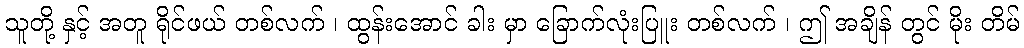
သူတို့ နှင့် အတူ ရိုင်ဖယ် တစ်လက် ၊ ထွန်းအောင် ခါး မှာ ခြောက်လုံးပြူး တစ်လက် ၊ ဤ အချိန် တွင် မိုး တိမ်